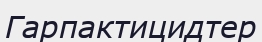
Гарпактицидтер